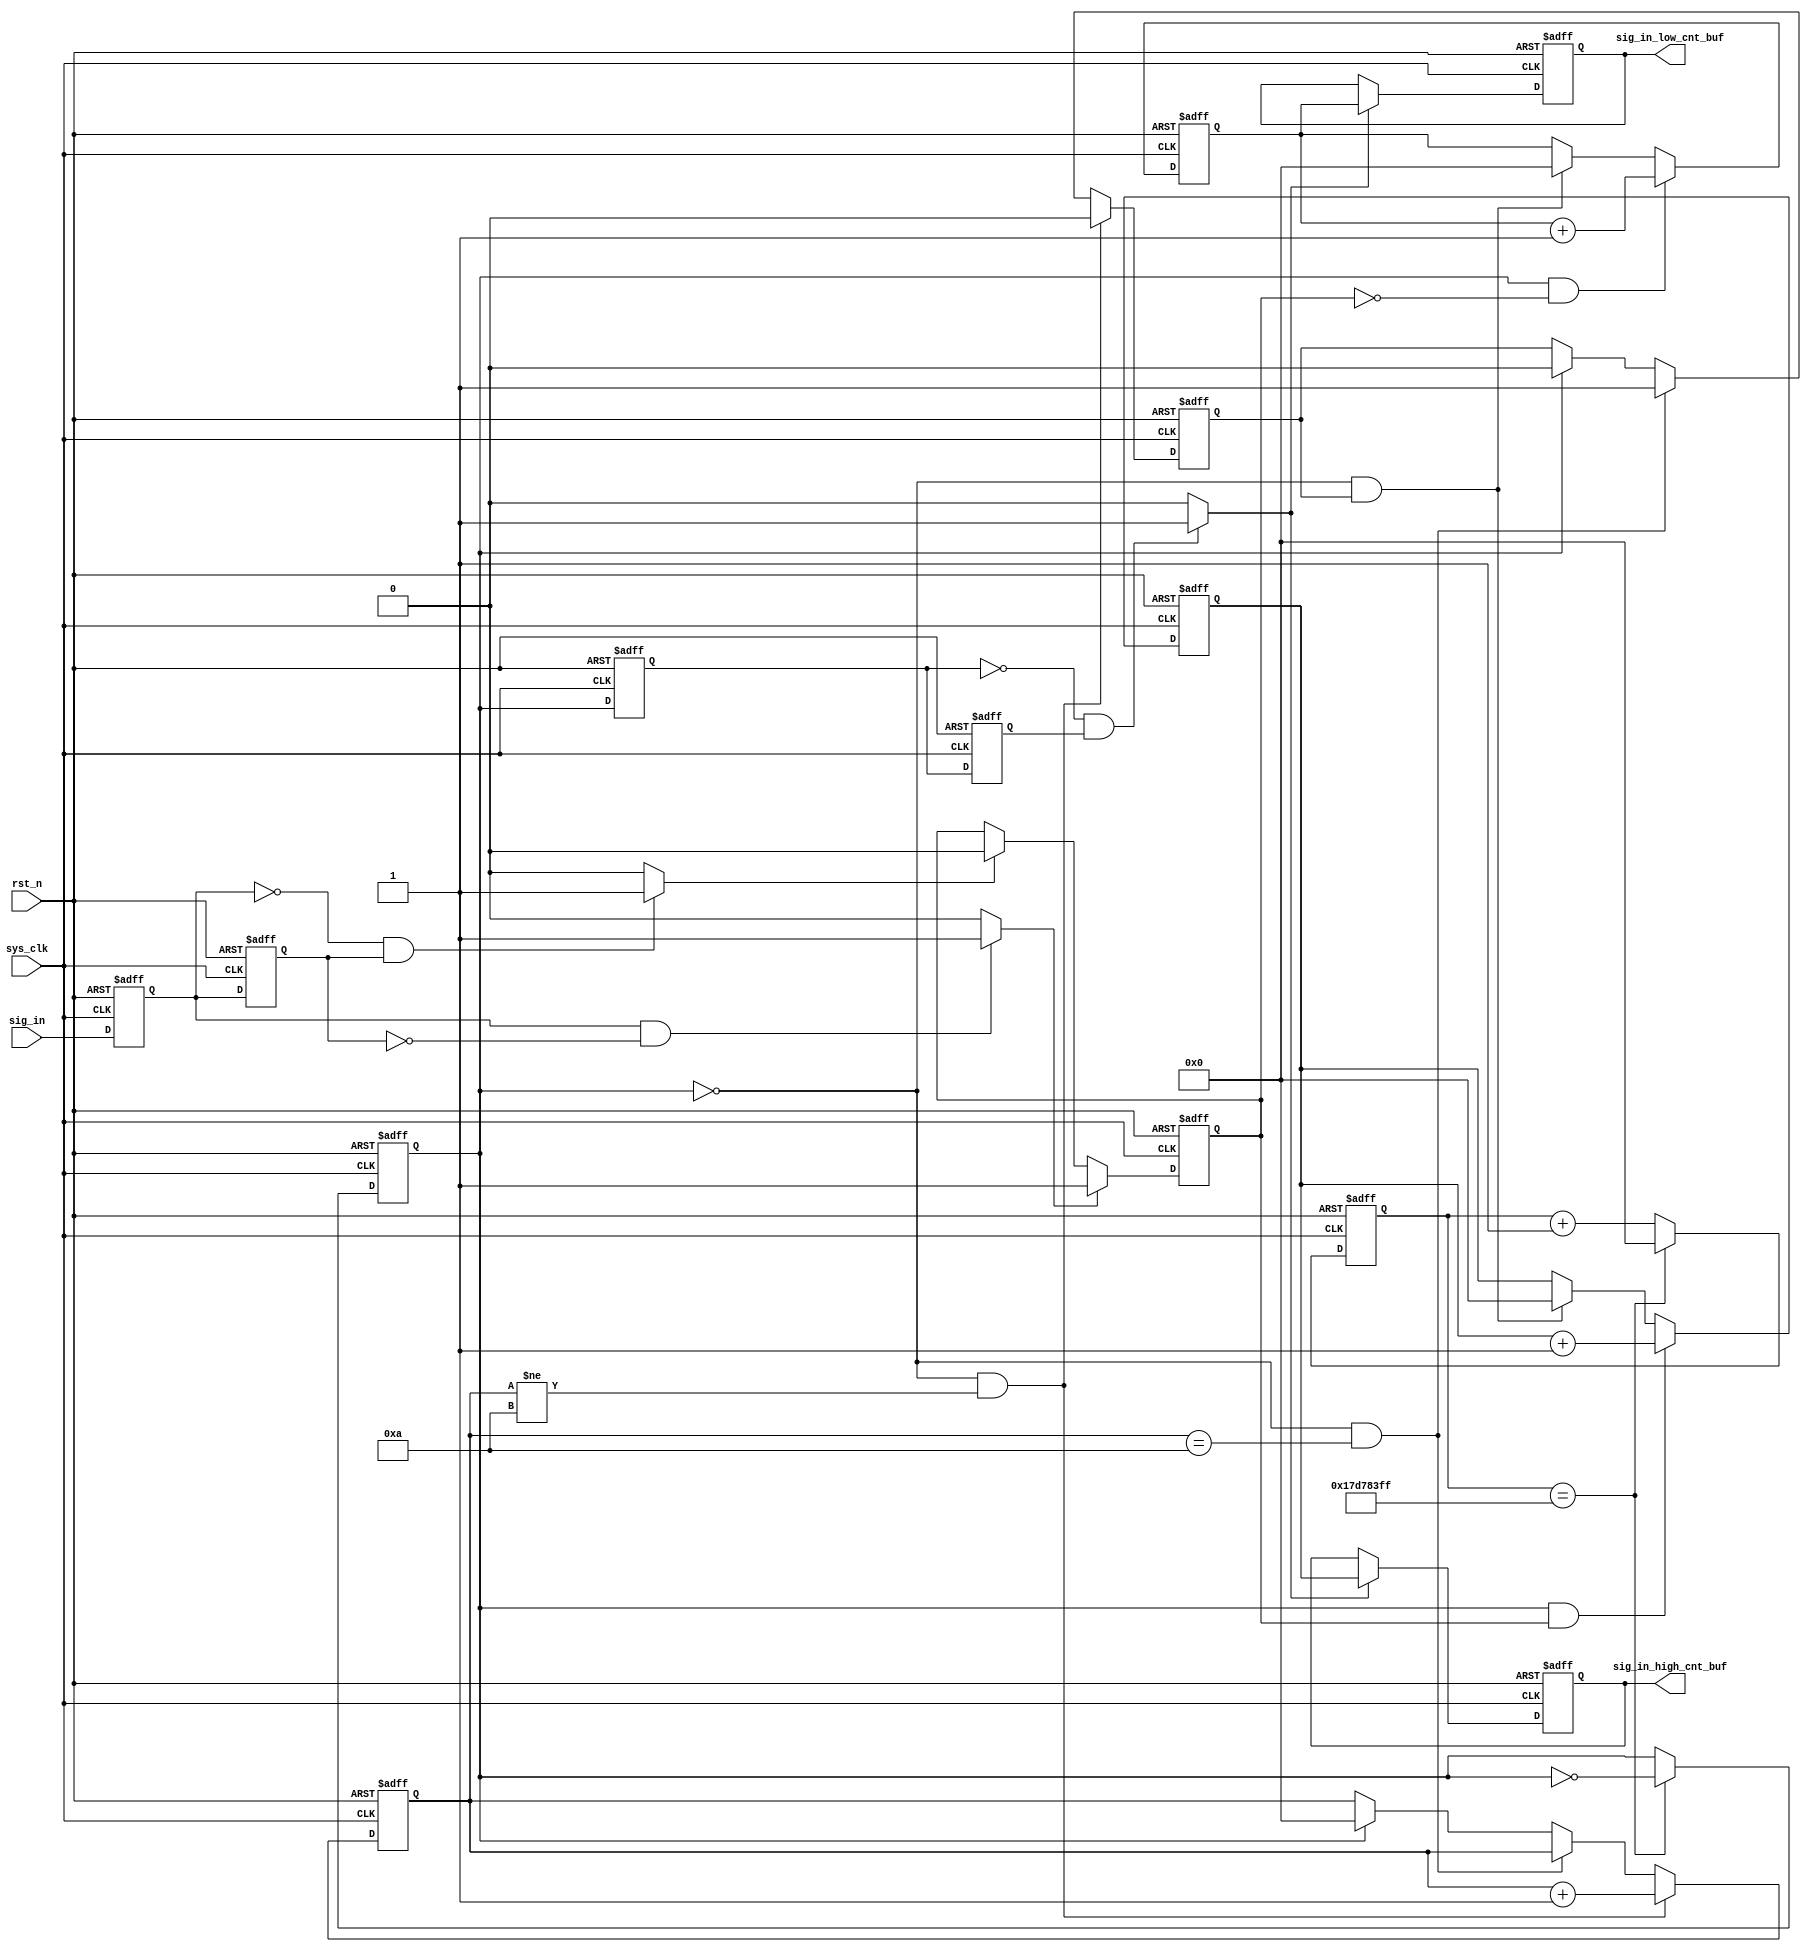
`timescale 1ns / 1ps
//////////////////////////////////////////////////////////////////////////////////
// Company: 
// Engineer: 
// 
// Design Name: 
// Module Name: duty_cycle_meter
// Project Name: 
// Target Devices: 
// Tool Versions: 
// Description: 
// 
// Dependencies: 
// 
// Revision:
// Revision 0.01 - File Created
// Additional Comments:
// 
//////////////////////////////////////////////////////////////////////////////////


module duty_cycle_meter(
	input wire sys_clk,
	input wire rst_n,
	input wire sig_in,
	output reg [31:0] sig_in_high_cnt_buf,
	output reg [31:0] sig_in_low_cnt_buf
	);
	
	parameter max_clk_1_2Hz_cnt = 399_999_999;
	reg [31:0] clk_1_2Hz_cnt;
	reg ref_clk_1_2Hz;
	
	reg sig_in_r;
	
	reg ref_clk_1_2Hz_pos_detect_r0;
	reg ref_clk_1_2Hz_pos_detect_r1;
	wire ref_clk_1_2Hz_pos_detect;
	wire ref_clk_1_2Hz_neg_detect;
	
	reg [31:0] sig_in_high_cnt;
	reg [31:0] sig_in_low_cnt;
	
	reg buffer_done;
	reg [31:0] buffer_done_cnt;
	
	// -- initialize var
	initial begin
		
		sig_in_r <= 1'b0;
		sig_in_high_cnt_buf <= 32'd0;
		sig_in_low_cnt_buf  <= 32'd0;
		
		ref_clk_1_2Hz <= 1'b0;
		clk_1_2Hz_cnt <= 1'b0;
		ref_clk_1_2Hz_pos_detect_r0 <= 1'b0;
		ref_clk_1_2Hz_pos_detect_r1 <= 1'b0;
		
		sig_in_high_cnt <= 32'd0;
		sig_in_low_cnt <= 32'd0;
		
		buffer_done <= 1'b0;
		buffer_done_cnt <= 32'd0;
	end
    
	// -- 0.5Hz refference clock generator
	always @ (posedge sys_clk or negedge rst_n) begin
	    if (!rst_n) begin
	        clk_1_2Hz_cnt <= 32'd0;
	        ref_clk_1_2Hz <= 1'b0;
	    end
	    else begin
	        if (clk_1_2Hz_cnt == max_clk_1_2Hz_cnt) begin
	            ref_clk_1_2Hz <= ~ ref_clk_1_2Hz;
	            clk_1_2Hz_cnt <= 32'd0;
	        end
	        else clk_1_2Hz_cnt <= clk_1_2Hz_cnt + 1;
	    end
	end
	
    // -- ref clock 0.5Hz posedge detect
	assign ref_clk_1_2Hz_pos_detect = (ref_clk_1_2Hz_pos_detect_r0 &&
	                         !ref_clk_1_2Hz_pos_detect_r1) ? 1'b1: 1'b0;
	assign ref_clk_1_2Hz_neg_detect = (!ref_clk_1_2Hz_pos_detect_r0 &&
	                         ref_clk_1_2Hz_pos_detect_r1) ? 1'b1: 1'b0;                        
	always @ (posedge sys_clk or negedge rst_n) begin
	    if (!rst_n) begin
	            ref_clk_1_2Hz_pos_detect_r0 <= 1'b0;
	            ref_clk_1_2Hz_pos_detect_r1 <= 1'b0;
	    end
	    else begin
	        ref_clk_1_2Hz_pos_detect_r0 <= ref_clk_1_2Hz;
	        ref_clk_1_2Hz_pos_detect_r1 <= ref_clk_1_2Hz_pos_detect_r0;
	    end
	end
	
    // -- sig_in posedge detect
	reg sig_in_pos_detect_r0 = 1'b0;
	reg sig_in_pos_detect_r1 = 1'b0;
	wire sig_in_pos_detect;
	assign sig_in_pos_detect = (sig_in_pos_detect_r0 && 
	                        !sig_in_pos_detect_r1) ? 1'b1: 1'b0;
	always @ (posedge sys_clk or negedge rst_n) begin
	    if (!rst_n) begin
	        sig_in_pos_detect_r0 <= 1'b0;
	        sig_in_pos_detect_r1 <= 1'b0;
	    end
	    else begin
	        sig_in_pos_detect_r0 <= sig_in;
	        sig_in_pos_detect_r1 <= sig_in_pos_detect_r0;
	    end
	end
	
    // -- sig_in negedge detect
	reg sig_in_neg_detect_r0 = 1'b0;
	reg sig_in_neg_detect_r1 = 1'b0;
	wire sig_in_neg_detect;
	assign sig_in_neg_detect = (!sig_in_pos_detect_r0 && 
	                         sig_in_pos_detect_r1) ? 1'b1: 1'b0;
	always @ (posedge sys_clk or negedge rst_n) begin
	    if (!rst_n) begin
	        sig_in_neg_detect_r0 <= 1'b0;
	        sig_in_neg_detect_r1 <= 1'b0;
	    end
	    else begin
	        sig_in_neg_detect_r0 <= sig_in;
	        sig_in_neg_detect_r1 <= sig_in_neg_detect_r0;
	    end
	end
		
	// -- reshape sig_in
	always @ (posedge sys_clk or negedge rst_n) begin
		if (!rst_n) begin
			sig_in_r <= 1'b0;
		end
		else if (sig_in_pos_detect) begin
			sig_in_r <= 1'b1;
		end
		else if (sig_in_neg_detect) begin
			sig_in_r <= 1'b0;
		end
		else sig_in_r <= sig_in_r;
	end
	
	// -- count paulse when ref_clk_1_2hz is high
	always @ (posedge sys_clk or negedge rst_n) begin
		if (!rst_n) begin
			sig_in_high_cnt <= 32'd0;
		end
		else begin
			if (ref_clk_1_2Hz && sig_in_r) begin
				sig_in_high_cnt <= sig_in_high_cnt + 1;
			end
			else if (!ref_clk_1_2Hz && buffer_done) begin
				sig_in_high_cnt <= 32'd0;
			end
			else sig_in_high_cnt <= sig_in_high_cnt;
		end
	end
	
	// -- count paulse when ref-clk_1_2Hz is low
	always @ (posedge sys_clk or negedge rst_n) begin
		if (!rst_n) begin
			sig_in_low_cnt <= 32'd0;
		end
		else begin
			if (ref_clk_1_2Hz && !sig_in_r) begin
				sig_in_low_cnt <= sig_in_low_cnt + 1;
			end
			else if (!ref_clk_1_2Hz && buffer_done) begin
				sig_in_low_cnt <= 32'd0;
			end
			else sig_in_low_cnt <= sig_in_low_cnt;
		end
	end
	
	// -- set synchronizing data flag
    always @ (posedge sys_clk or negedge rst_n) begin
		if (!rst_n) begin
			buffer_done <= 1'b0;
			buffer_done_cnt <= 32'd0;
		end
		else if (!ref_clk_1_2Hz && buffer_done_cnt != 10) begin
			buffer_done_cnt <= buffer_done_cnt + 1;
			buffer_done <= 1'b0;
		end
		else if (!ref_clk_1_2Hz && buffer_done_cnt == 10) begin
			buffer_done <= 1'b1;
			buffer_done_cnt <= buffer_done_cnt;
		end
		else if (ref_clk_1_2Hz) begin
			buffer_done_cnt <= 32'd0;
			buffer_done <= 1'b0;
		end
	end
	
	// -- synchronize data
    always @ (posedge sys_clk or negedge rst_n) begin
	    if (!rst_n) begin
	        sig_in_high_cnt_buf <= 32'd0;
	        sig_in_low_cnt_buf <= 32'd0;
	    end
	    else begin
	        if (ref_clk_1_2Hz_neg_detect) begin
	            sig_in_high_cnt_buf <= sig_in_high_cnt;
	            sig_in_low_cnt_buf <= sig_in_low_cnt;
	        end
	        else begin
	            sig_in_high_cnt_buf <= sig_in_high_cnt_buf;
	            sig_in_low_cnt_buf <= sig_in_low_cnt_buf;
	        end
	    end
	end

endmodule